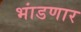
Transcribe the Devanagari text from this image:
भांडणार